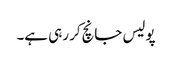
پولیس جانچ‌کر رہی ہے۔